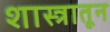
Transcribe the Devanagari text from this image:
शास्त्रातून